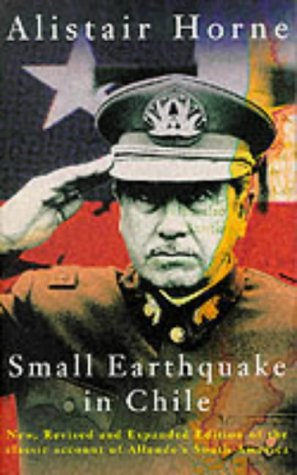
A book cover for Small Earthquake in Chile: A Visit to Allende's South America; Alistair Horne; Travel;